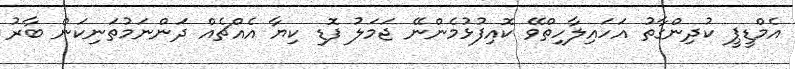
އެމްޑީޕީ ކުދިންގާތު އަހައިލާހިތްވޭ ކޮއިފުޅުމެންނޭ ޖަމަލު ފޮޑި ކިޔާ އެއްޗެއް ދަންނަމުތަނިކަން ބާރު